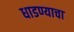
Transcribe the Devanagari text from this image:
धाडण्याचा